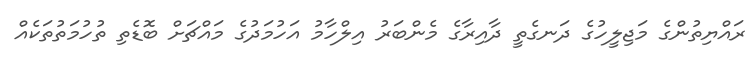
ރައްޔިތުންގެ މަޖިލީހުގެ ދަނގެތީ ދާއިރާގެ މެންބަރު އިލްހާމު އަހުމަދުގެ މައްޗަށް ބޮޑެތި ތުހުމަތުތަކެއް